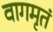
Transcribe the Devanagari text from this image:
वागमृतं